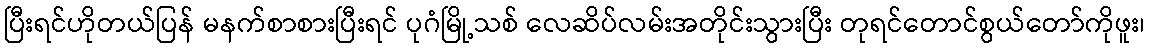
ပြီးရင်ဟိုတယ်ပြန် မနက်စာစားပြီးရင် ပုဂံမြို့သစ် လေဆိပ်လမ်းအတိုင်းသွားပြီး တုရင်တောင်စွယ်တော်ကိုဖူး၊